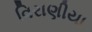
વિરાણીયા